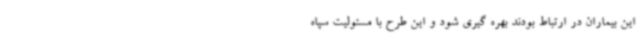
این بیماران در ارتباط بودند بهره گیری شود و این طرح با مسئولیت سپاه